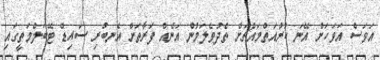
އަވަސް އަވަހަށް އޭނަ ކުރުއަތްމައްޗަށް ތެދުވެލަމުން އަނެއް ފަރާތަށް އެނބުރި ސައިޑް ޓޭބަލްމަތީގައި